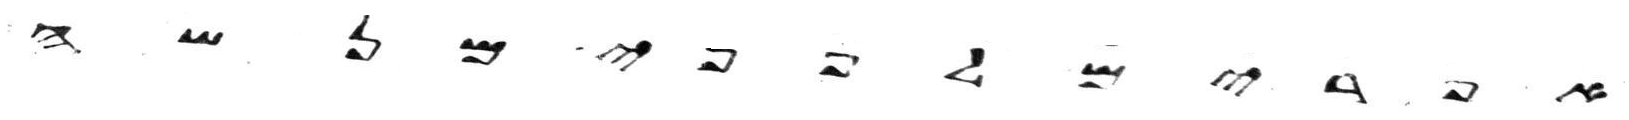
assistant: אפרים לפני מנשה